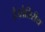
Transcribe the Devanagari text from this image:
है।तैत्तिरीय